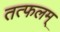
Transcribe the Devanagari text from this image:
तत्फलम्